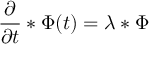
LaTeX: { \frac { \partial } { \partial t } } * \Phi ( t ) = \lambda * \Phi